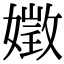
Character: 嬍